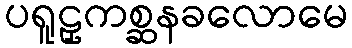
ပရူဠှကစ္ဆနခလောမေ